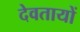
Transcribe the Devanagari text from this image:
देवतायों